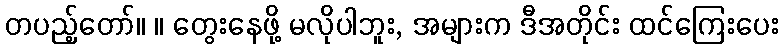
တပည့်တော်။ ။ တွေးနေဖို့ မလိုပါဘူး, အများက ဒီအတိုင်း ထင်ကြေးပေး